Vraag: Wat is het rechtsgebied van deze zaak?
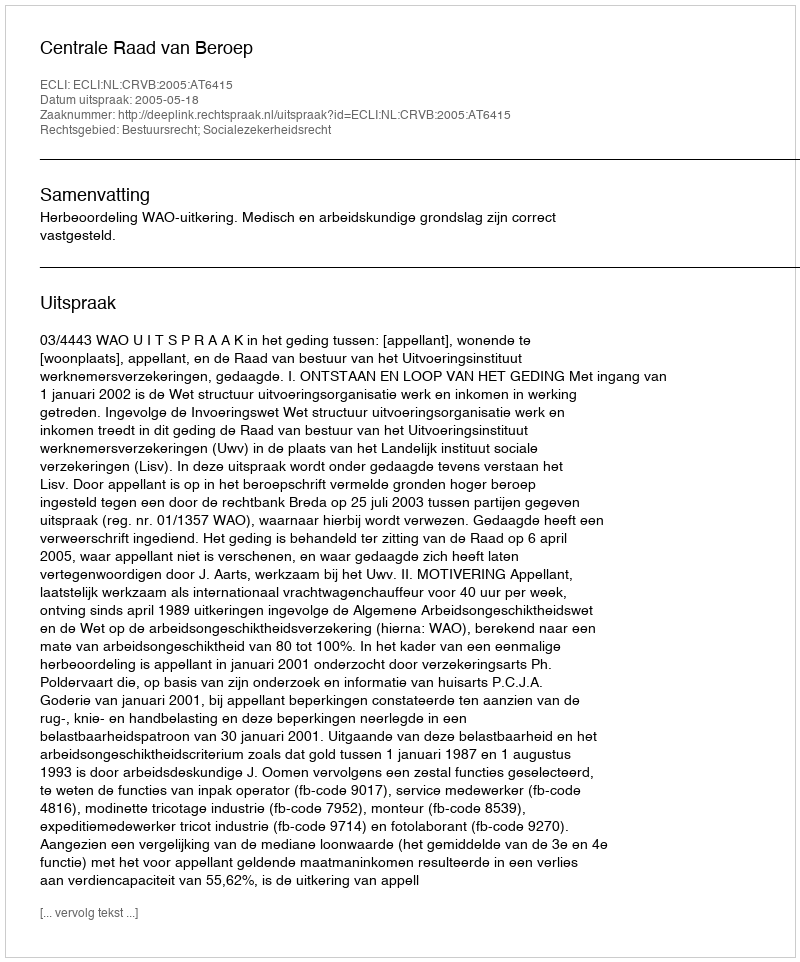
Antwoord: Bestuursrecht; Socialezekerheidsrecht